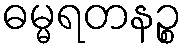
ဓမ္မရတနဉ္စ